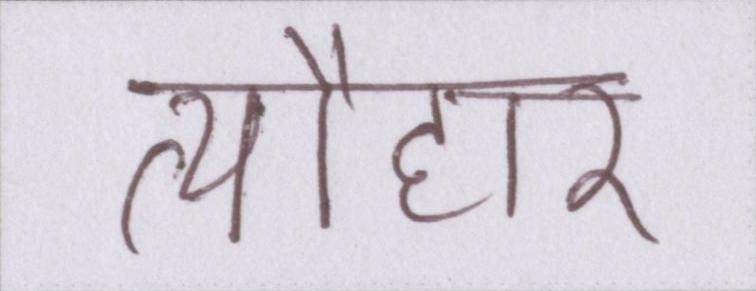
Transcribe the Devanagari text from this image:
त्यौहार